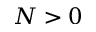
N > 0